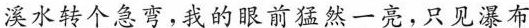
溪水转个急弯，我的眼前猛然一亮，只见瀑布